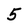
Character: 5